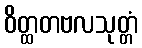
ဝိတ္ထတဗလသုတ္တံ